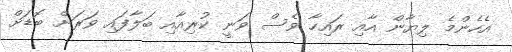
އެހެންމެ ލިޔާން އާއި ރައިހާ ވެސް ވަނީ ކުރިއާއި ބަލާފައި ވަރަށް ބޮޑަށް